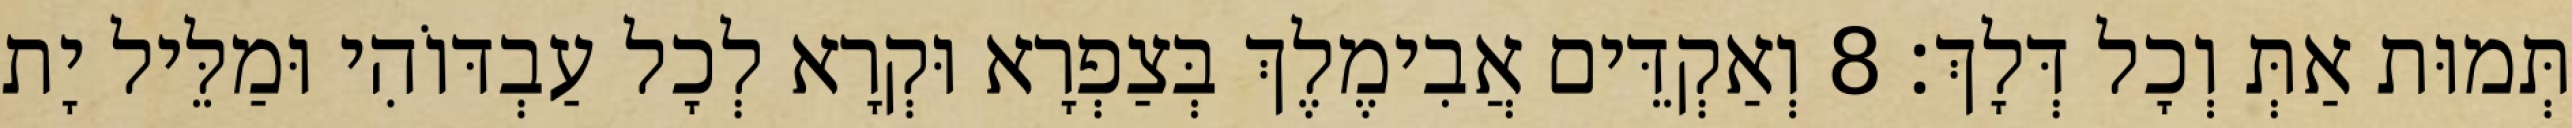
תְּמוּת אַתְּ וְכָל דְּלָךְ׃ 8 וְאַקְדֵּים אֲבִימֶלֶךְ בְּצַפְרָא וּקְרָא לְכָל עַבְדּוֹהִי וּמַלֵּיל יָת